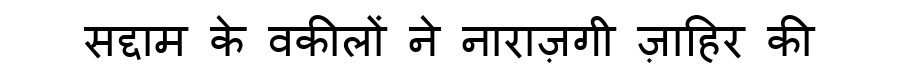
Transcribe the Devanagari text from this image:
सद्दाम के वकीलों ने नाराज़गी ज़ाहिर की